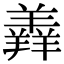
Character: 羴